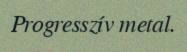
Progresszív metal.